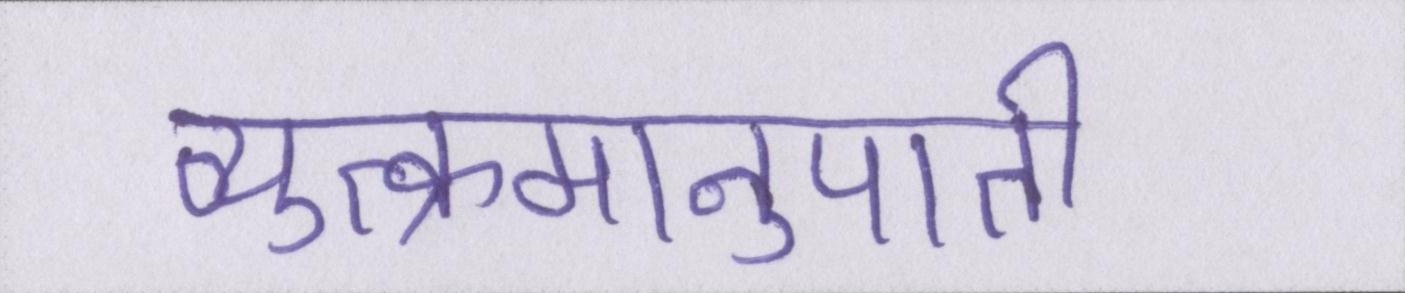
व्युत्क्रमानुपाती